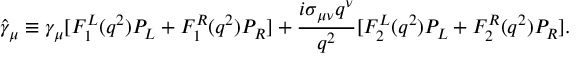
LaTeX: \hat { \gamma } _ { \mu } \equiv \gamma _ { \mu } [ F _ { 1 } ^ { L } ( q ^ { 2 } ) P _ { L } + F _ { 1 } ^ { R } ( q ^ { 2 } ) P _ { R } ] + \frac { i \sigma _ { \mu \nu } q ^ { \nu } } { q ^ { 2 } } [ F _ { 2 } ^ { L } ( q ^ { 2 } ) P _ { L } + F _ { 2 } ^ { R } ( q ^ { 2 } ) P _ { R } ] .